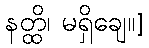
နတ္ထိ၊ မရှိချေ။]